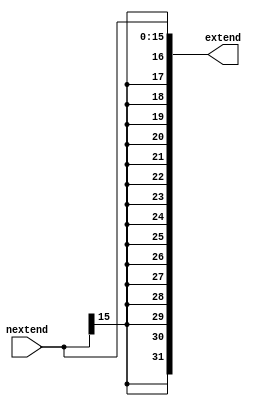
`timescale 1ns / 1ps

module S_Extend
	(
		input	wire	[15:0] nextend,
		output reg	[31:0] extend
    );

	always@ * 
		begin
			extend <= {{16{nextend[15]}}, nextend};		
		end

endmodule